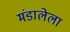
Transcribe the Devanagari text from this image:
मंडालेला